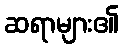
ဆရာများ၏